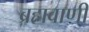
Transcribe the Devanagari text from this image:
ब्रह्मवाणी